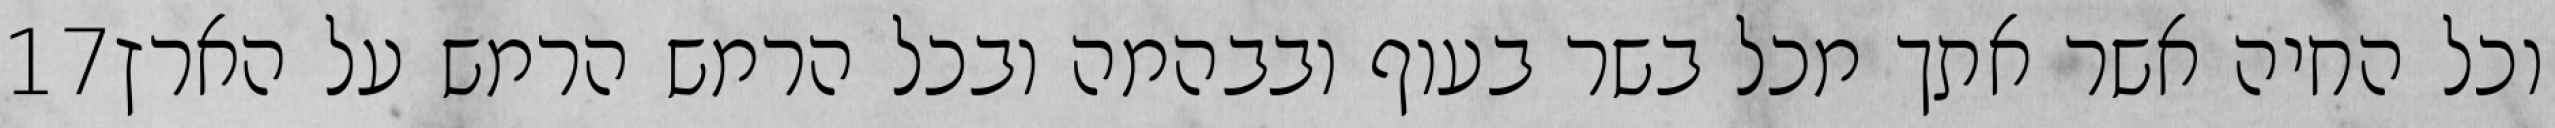
‎17‏ וכל החיה אשר אתך מכל בשר בעוף ובבהמה ובכל הרמש הרמש על הארץ